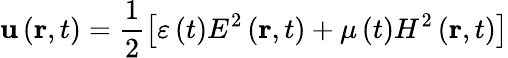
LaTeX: \mathbf{u}\left(\mathbf{{r}},t\right)=\frac{{1}}{{2}}\left[\varepsilon\left(t\right)E^{2}\left(\mathbf{{r}},t\right)+\mu\left(t\right)H^{2}\left(\mathbf{{r}},t\right)\right]